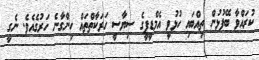
ކުރައްވާ ބޭފުޅުން ތިއްބައި ހުޅުވީ އެމްޑީޕީގެ ސިޔާސީ ހަރަކާތްތައް ހިންގާނެ ހަރުގެއެވެ. ނެގީ